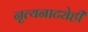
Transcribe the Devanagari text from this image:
नृत्यनाट्येही